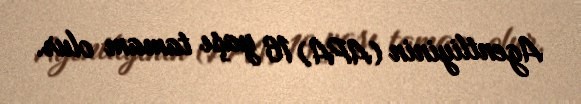
Agentliyinin (APA) 16 yaşı tamam olur.